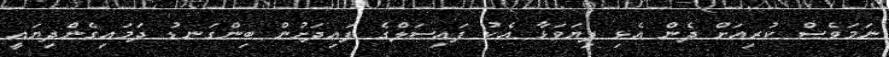
ނަމަވެސް ކުރިއަށް ދެން އެޅި ފިޔަވަޅާ އެކު ފައިސަލްގެ ފައިދަށުން ބިންގަނޑު ދަމައިގެންދިޔައީ